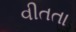
વીતતા